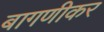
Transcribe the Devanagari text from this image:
बागणीकर